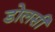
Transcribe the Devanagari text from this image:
डोलसी